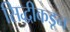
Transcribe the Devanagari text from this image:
सिद्धीकडून